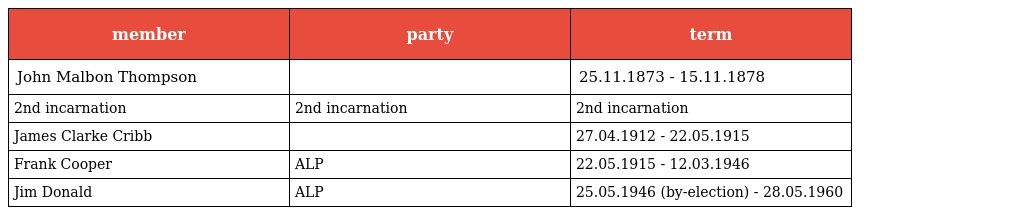
| member | party | term |
 | --- | --- | --- |
 | John Malbon Thompson |  | 25.11.1873 - 15.11.1878 |
 | 2nd incarnation | 2nd incarnation | 2nd incarnation |
 | James Clarke Cribb |  | 27.04.1912 - 22.05.1915 |
 | Frank Cooper | ALP | 22.05.1915 - 12.03.1946 |
 | Jim Donald | ALP | 25.05.1946 (by-election) - 28.05.1960 |